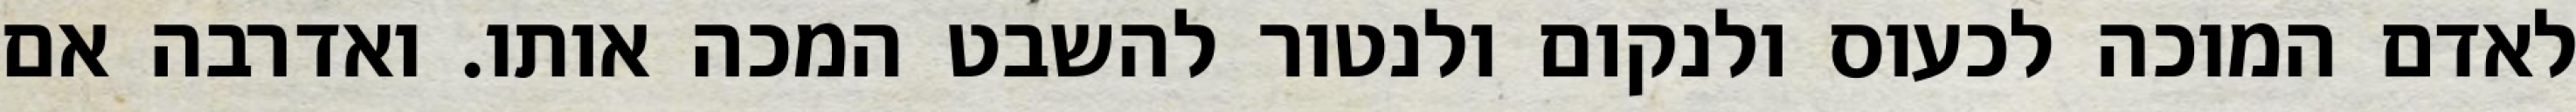
לאדם המוכה לכעוס ולנקום ולנטור להשבט המכה אותו. ואדרבה אם